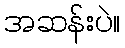
အဆန်းပဲ။